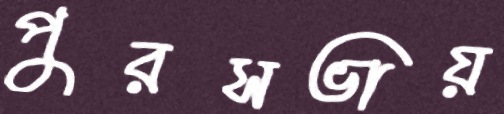
পুরসভায়